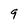
Character: 9